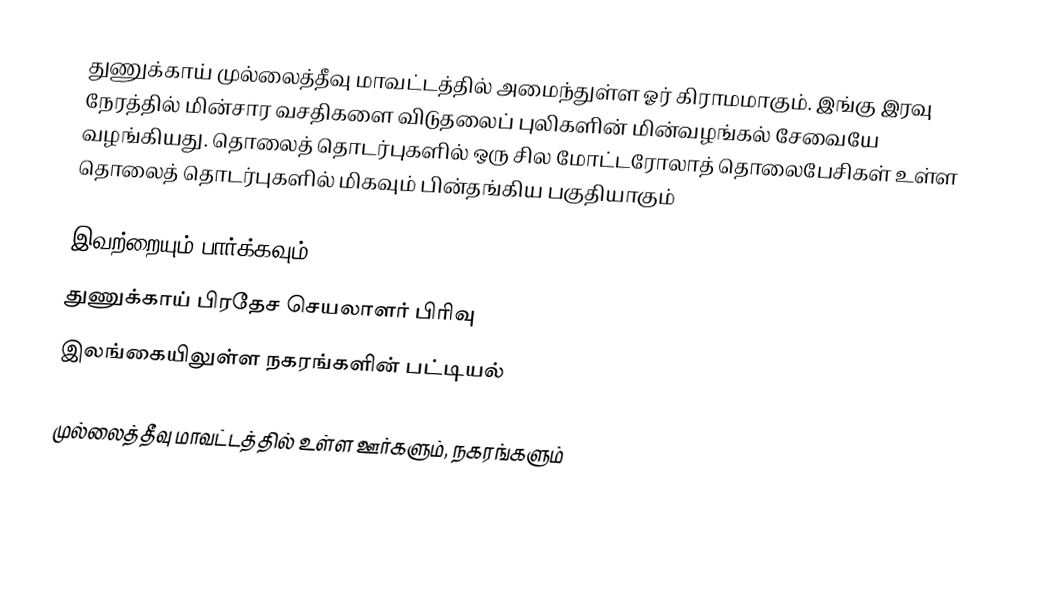
துணுக்காய் முல்லைத்தீவு மாவட்டத்தில் அமைந்துள்ள ஓர் கிராமமாகும். இங்கு இரவு நேரத்தில் மின்சார வசதிகளை விடுதலைப் புலிகளின் மின்வழங்கல் சேவையே வழங்கியது. தொலைத் தொடர்புகளில் ஒரு சில மோட்டரோலாத் தொலைபேசிகள் உள்ள தொலைத் தொடர்புகளில் மிகவும் பின்தங்கிய பகுதியாகும்

இவற்றையும் பார்க்கவும்
 துணுக்காய் பிரதேச செயலாளர் பிரிவு
 இலங்கையிலுள்ள நகரங்களின் பட்டியல்

முல்லைத்தீவு மாவட்டத்தில் உள்ள ஊர்களும், நகரங்களும்